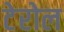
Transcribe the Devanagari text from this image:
टेरोल